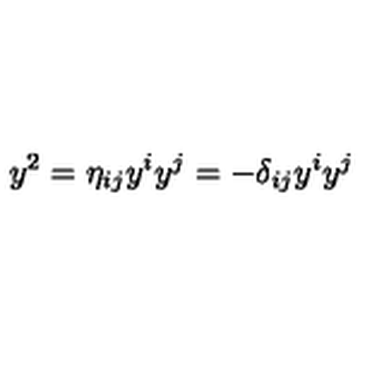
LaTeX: y ^ { 2 } = \eta _ { i j } y ^ { i } y ^ { j } = - \delta _ { i j } y ^ { i } y ^ { j }